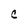
Character: C